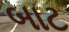
બાટ